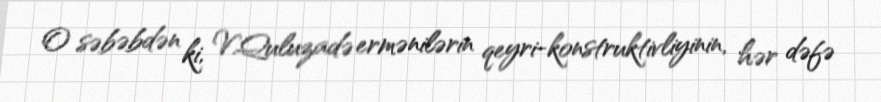
O səbəbdən ki, V.Quluzadə ermənilərin qeyri-konstruktivliyinin, hər dəfə